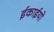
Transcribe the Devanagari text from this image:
ईकाईयो